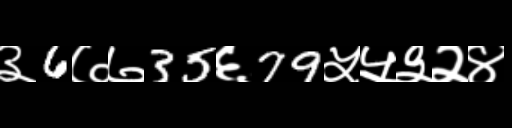
Text: ३6७७35६79५५३२४